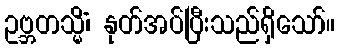
ဥဗ္ဘတသ္မိံ၊ နုတ်အပ်ပြီးသည်ရှိသော်။